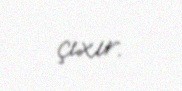
çıxır.